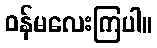
ဝန်မလေးကြပါ။